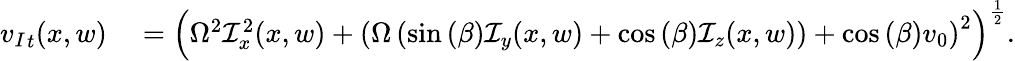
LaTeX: \begin{array}{rl}{{v_{I}}_{t}(x,w)}&{{}=\left(\Omega^{2}\mathcal{I}_{x}^{2}(x,w)+\left(\Omega\left(\sin{(\beta)}\mathcal{I}_{y}(x,w)+\cos{(\beta)}\mathcal{I}_{z}(x,w)\right)+\cos{(\beta)}v_{0}\right)^{2}\right)^{\frac{1}{2}}.}\end{array}